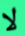
لا